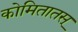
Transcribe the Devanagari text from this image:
कोमितातस्